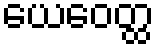
ယေဝေတ္ထ